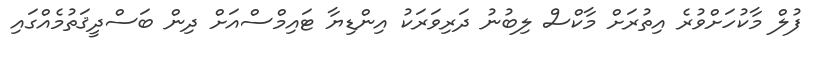
ފުލް މާކުހަށްވުރެ އިތުރަށް މާކްސް ލިބުނު ދަރިވަރަކު އިންޑިޔާ ޓައިމްސްއަށް ދިން ބަސްދީޤަތުމެއްގައި